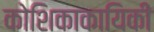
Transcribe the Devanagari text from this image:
कोशिकाकायिकी